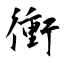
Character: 衝